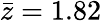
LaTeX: \bar{z}=1.82